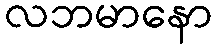
လဘမာနော